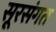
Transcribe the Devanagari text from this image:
सूरसंगत